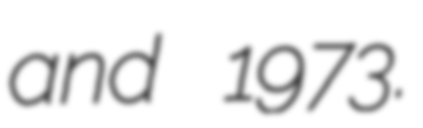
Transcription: and 1973.